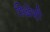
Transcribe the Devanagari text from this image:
शिक्षेशी